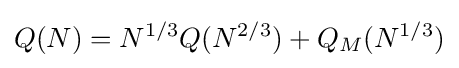
Q(N)=N^{1/3}Q(N^{2/3})+Q_{M}(N^{1/3})